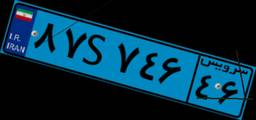
۸۷S۷۴۶۴۶